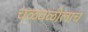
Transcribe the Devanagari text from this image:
चळवळीलाच